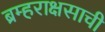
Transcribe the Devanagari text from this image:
ब्रम्हराक्षसाची